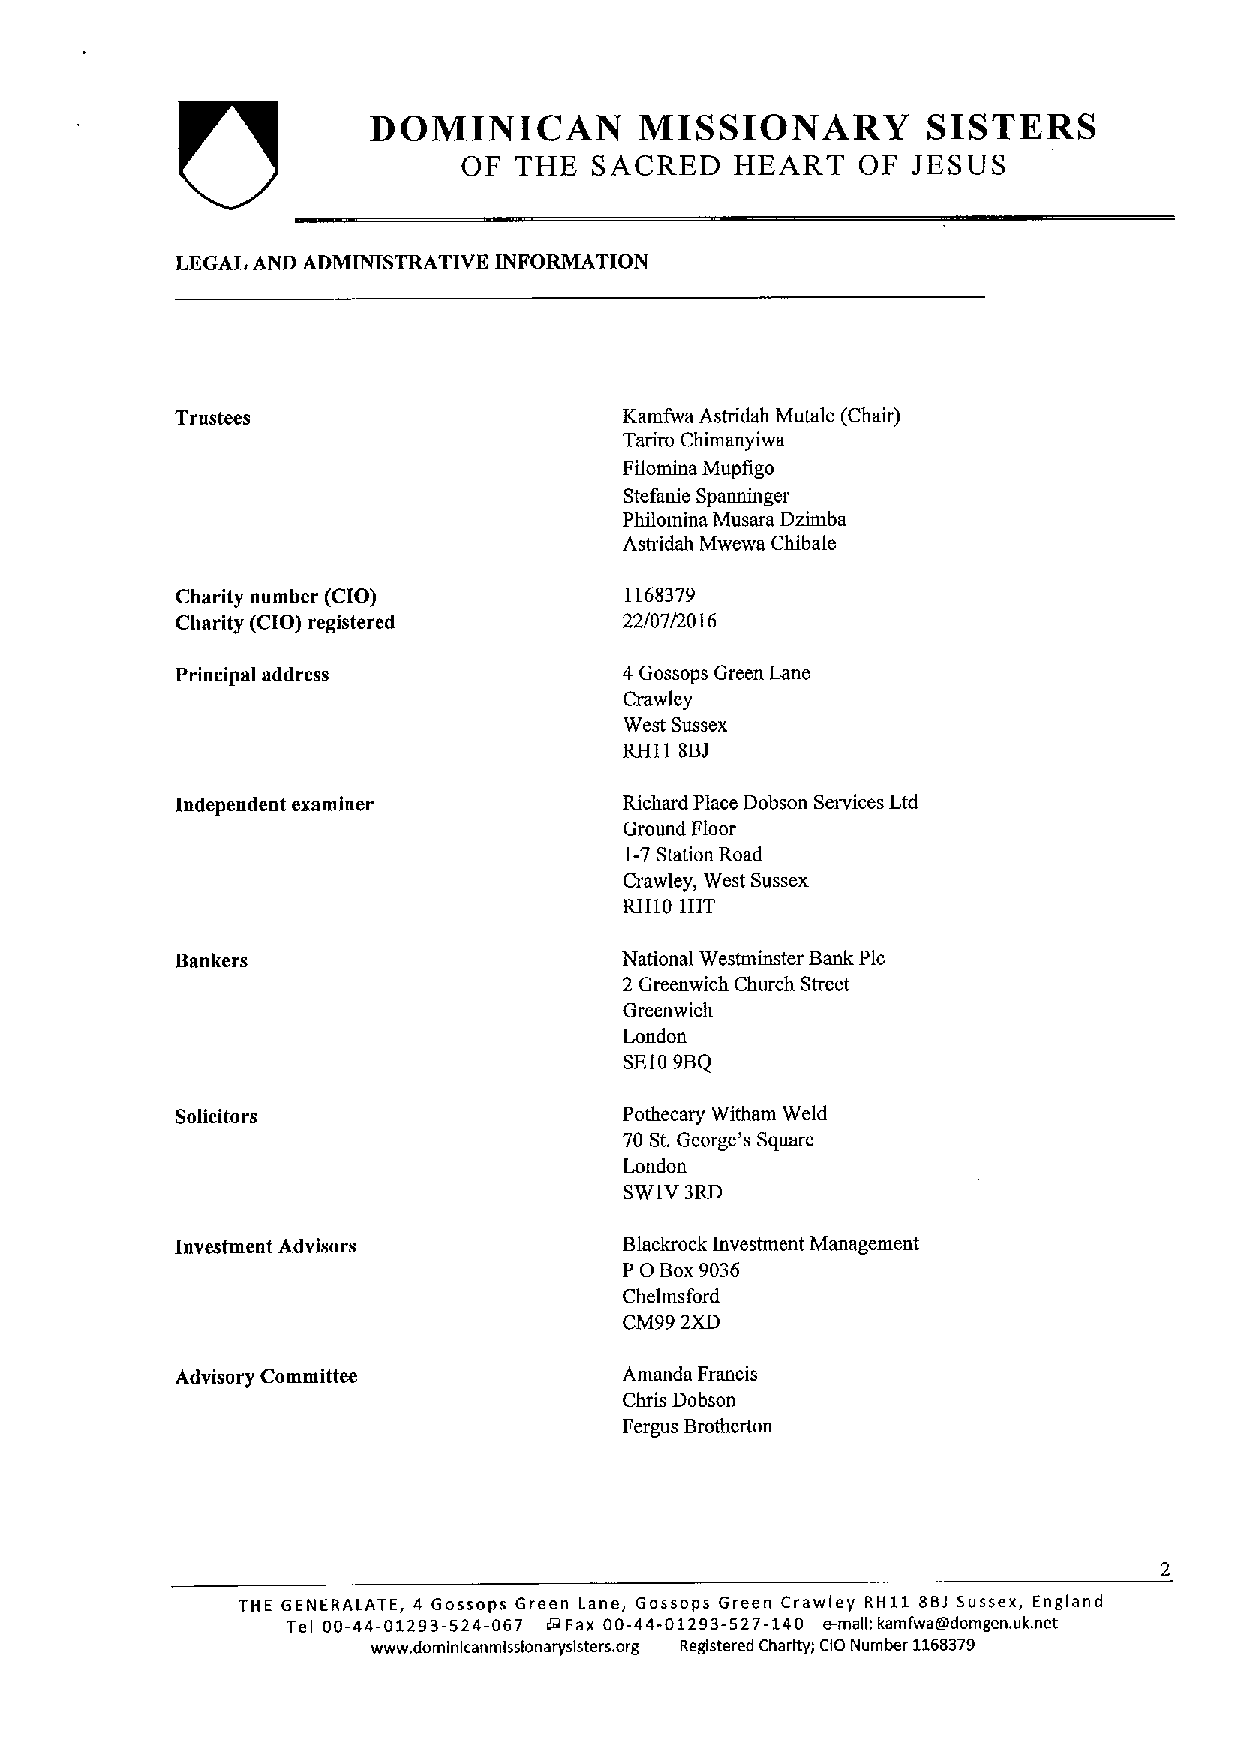
DOMINICAN         MISSIONARY         SISTERS
 OF THE  SACRED    HEART   OF JESUS
 LEGAL AND ADMINISTRATIVE INFORMATION
 Trustees                     Kamfwa Astridah Mutale (Chair)
 Tariro Chimanyiwa
 Filomina Mupfigo
 Stefanie Spanninger
 Philomina Musara Dzimba
 Astridah Mwewa Chibale
 Charity number (CIO)         1168379
 Charity (CIO) registered     22/07/2016
 Principal address            4Gossops Green Lane
 Crawley
 West Sussex
 RH11 8BJ
 Independent examiner         Richard Place Dobson Services Ltd
 Ground Floor
 1-7Station Road
 Crawley, West Sussex
 RH10 1HT
 Bankers                      National Westminster Bank Pic
 2 Greenwich Church Street
 Greenwich
 London
 SE109BQ
 Solicitors                   Pothecary Witham Weld
 70 St.George's Square
 London
 SWIV 3RD
 Investment Advisors          Blackrock Investment Management
 0
 P  Box9036
 Chelms ford
 CM99 2XD
 Advisory Committee           Amanda Francis
 Chris Dobson
 Fergus Brotherton
 THE GENERALATE, 4 Gossops Green Lane, Gossops Green Crawley RH11 881 Sussex, England
 Tel 00-44-01293-524-067 dg Fax 00-44-01293-527-140 e-malk kamfwagadomgen. uk.net
 www.domlnlcanmlsslonaryslsters. org Registered Charity; CIO Number 1168379